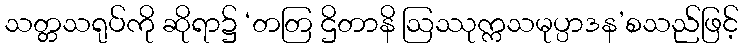
သတ္တသရုပ်ကို ဆိုရာ၌ ‘တတြ ဌိတာနိ ဩဿုက္ကသမုပ္ပာဒန’စသည်ဖြင့်